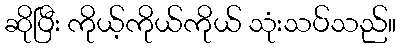
ဆိုပြီး ကိုယ့်ကိုယ်ကိုယ် သုံးသပ်သည်။